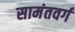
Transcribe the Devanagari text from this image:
सामंतवर्ग